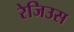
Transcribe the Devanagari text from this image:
रेजिउस